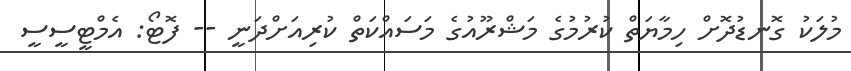
މުލަކު ގޮނޑުދޮށް ހިމާޔަތް ކުރުމުގެ މަޝްރޫއުގެ މަސައްކަތް ކުރިއަށްދަނީ -- ފޮޓޯ: އެމްޓީސީސީ